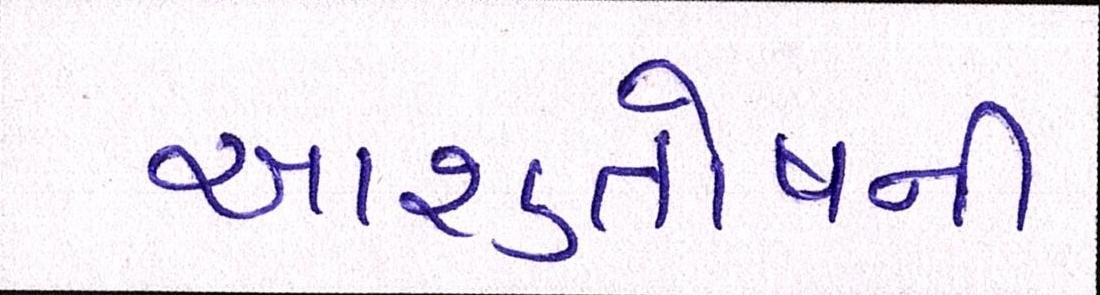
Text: આશુતોષની